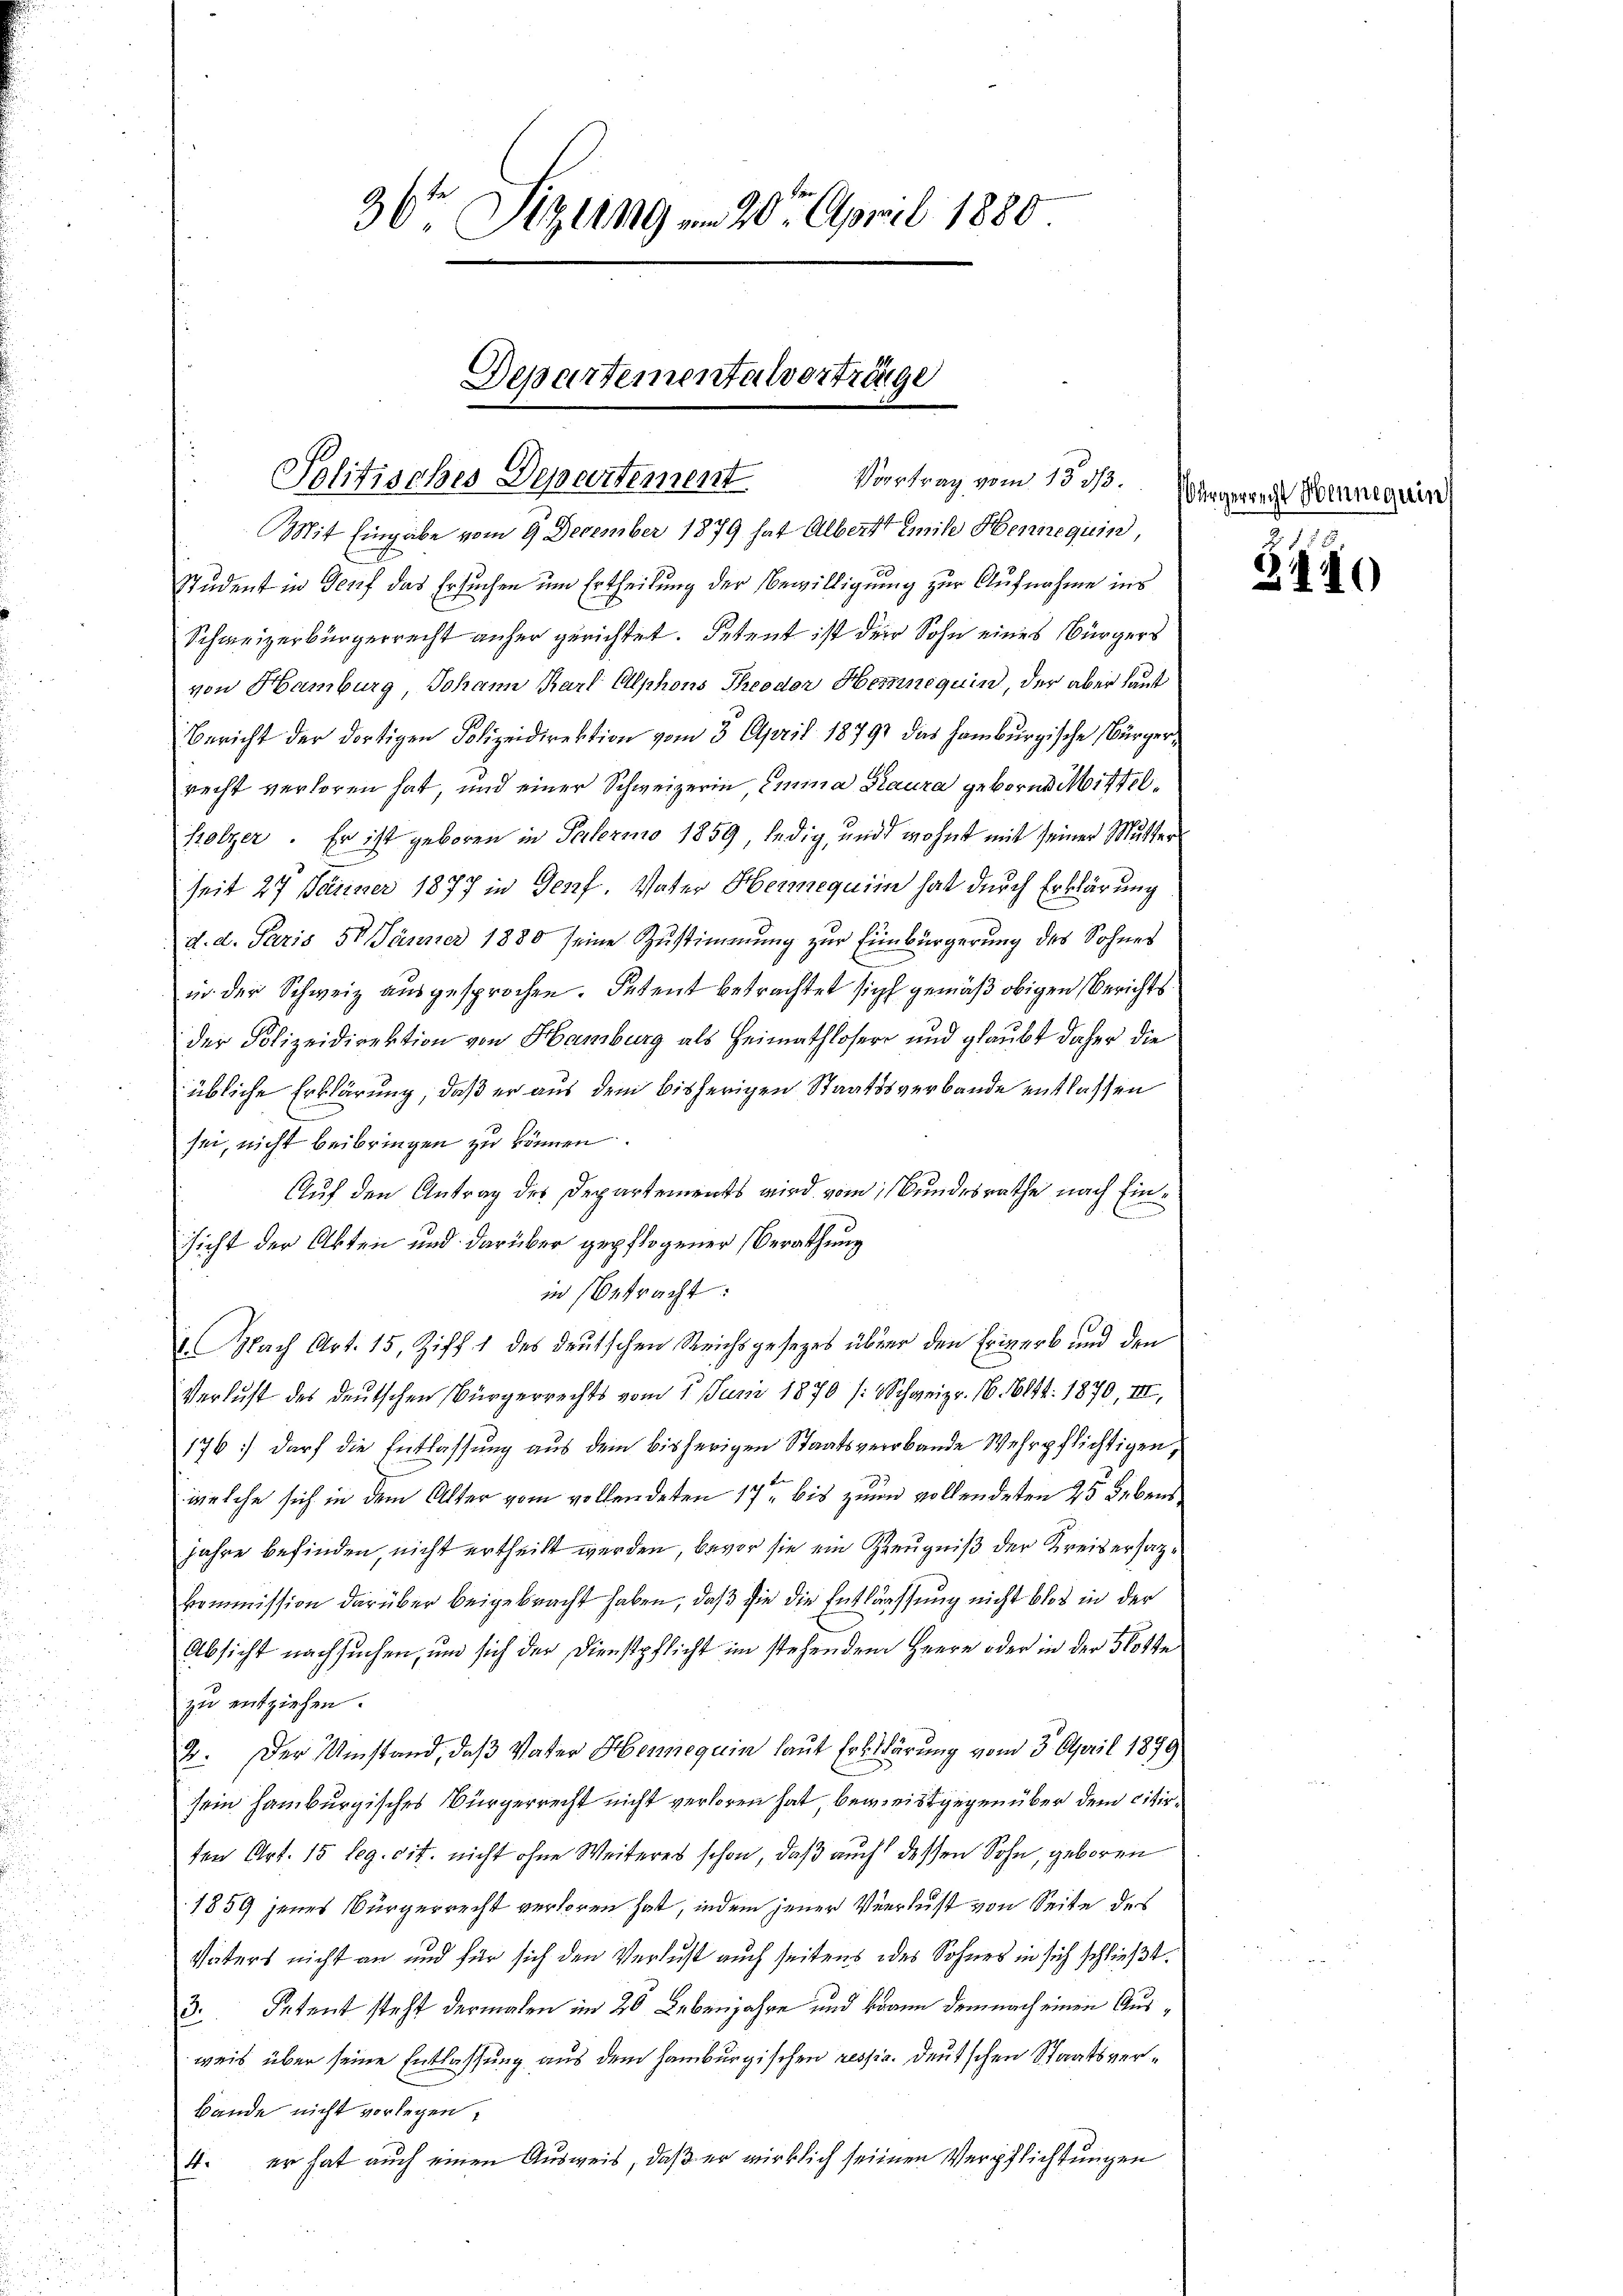
36t Sizung am 20. April 1880.

Departementalverträge
Vortrag vom 15. 33.
Politisches Departement

Mit Eingabe vom 9 December 1879 hat Albert Emile Henneguin,
Student in Genf das Ersuchen um Ertheilung der Bewilligung zur Aufnahme ins
Schweizerbürgerrecht anher gerichtet. Petent ist der Sohn eines Bürgers
von Hamburg, Johann Karl Alphons Theodor Hemnequin, der aber laut
Bericht der dortigen Polizeidirektion vom 3. April 1879 das Hamburgische Bürger-
recht verloren hat, und einer Schweizerin Emma Giaura geborne Mittelholzer. Er ist geboren in Palermo 1859 ledig, und wohnt mit seiner Mutter
seit 27. Jänner 1877 in Genf, Vater Hermequim hat durch Erklärung
d. d. Paris 58 Jänner 1880 seine Zustimmung zur Einbürgerung des Sohnes
in der Schweiz ausgesprochen. Petent betrachtet sich gemäß obigen Berichts
der Polizeidirektion von Hamburg als Heimathloser und glaubt daher die
übliche Erklärung, daß er aus dem bisherigen Staatsverbande entlassen
sei, nicht beibringen zu können.
Auf den Antrag des Departements wird vom Bundesrathe nach Einsicht der Akten und darüber gepflogener Berathung
in Betracht:
.Nach Art. 15, Ziff. 1 des deutschen Reichsgesezes über den Erwerb und den
Verlust des deutschen Bürgerrechts vom 1. Juni 1870 (Schweizer. 16. 614. 1870, III,
176) darf die Entlassung aus dem bisherigen Staatsverrbande Wehrpflichtigen,
welche sich in dem Alter vom vollendeten 17 bis zum vollendeten 25 Lebens
jahre befinden, nicht ertheilt werden, bevor sie ein Zeugniß der Kreisersatzkommission darüber beigebracht haben, daß sie die Entlassung nicht blos in der
Absicht nachsuchen, und sich der Dienstpflicht im stehendem Herrn oder in der Flotte
zu entziehen.
2. Der Umstand, daß Vater Henneguin laut Erklärung vom 3. April 1899
sein Hamburgisches Bürgerrecht nicht verloren hat beweist gegenüber dem citirten Art. 15 leg. cit. nicht ohne Weiteres schon, daß auch dessen Sohn, geboren
1859 jenes Bürgerrecht verloren hat, indem jener Verlust von Seite des
Vaters nicht an und für sich den Verlust auch seitens des Sohnes in sich schließt
3. Petent steht dermalen im 20 Lebenjahre und kann demnach einen Ausweis über seine Entlassung aus dem Hamburgischen resp. deutschen Staatsver¬
Bande nicht vorlegen,
4. er hat auch einen Ausweis, daß er wirklich seinen Verpflichtungen

Bürgerrecht Henneguin

§140